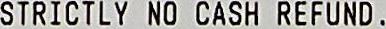
STRICTLY NO CASH REFUND .